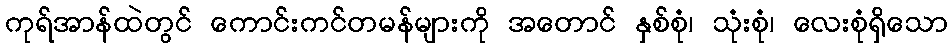
ကုရ်အာန်ထဲတွင် ကောင်းကင်တမန်များကို အတောင် နှစ်စုံ၊ သုံးစုံ၊ လေးစုံရှိသော